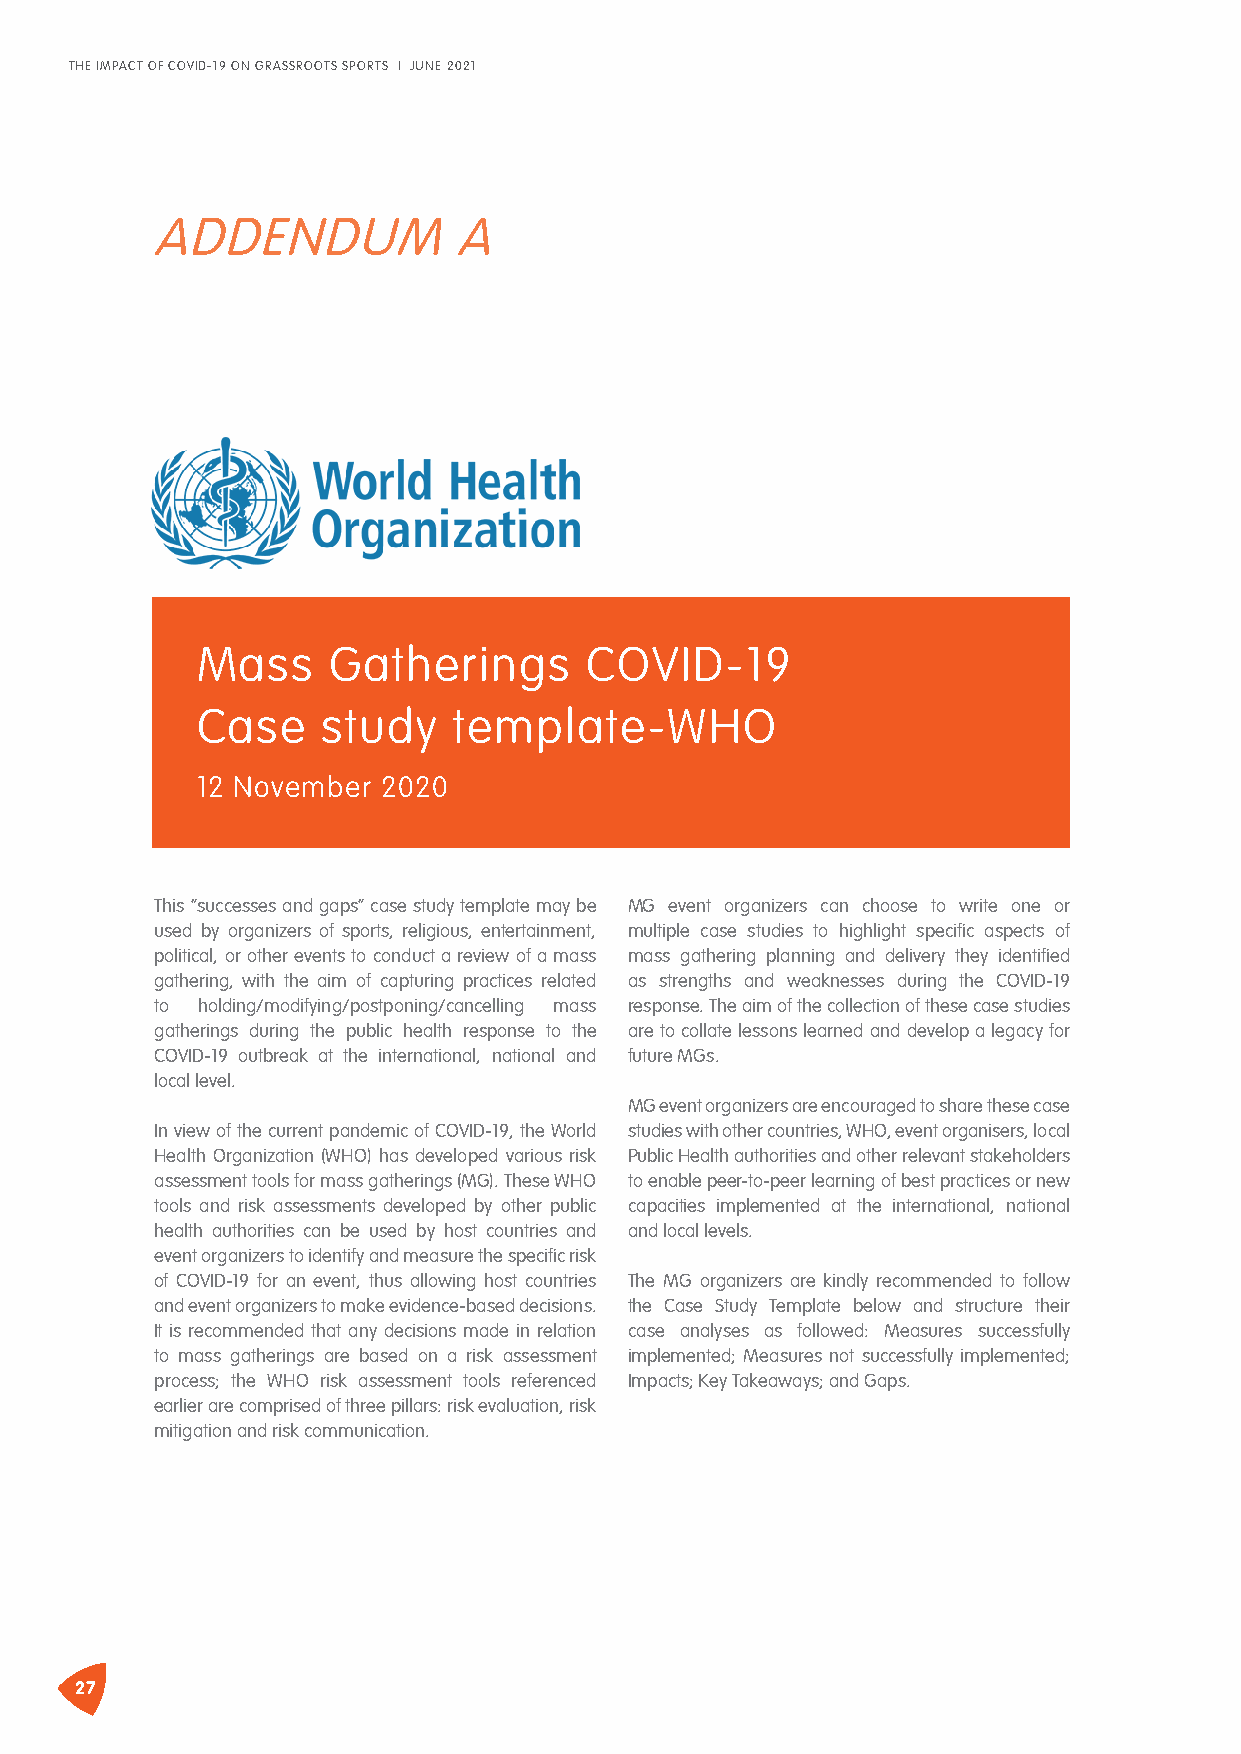
THE IMPACT OF COVID-19 ON GRASSROOTS SPORTS I JUNE 2021
 ADDENDUM            A
 Mass     Gatherings       COVID-19
 Case    study    template-WHO
 12 November 2020
 This “successes and gaps” case study template may be MG event organizers can choose to write one or
 used by organizers of sports, religious, entertainment, multiple case studies to highlight specific aspects of
 political, or other events to conduct a review of a mass mass gathering planning and delivery they identified
 gathering, with the aim of capturing practices related as strengths and weaknesses during the COVID-19
 to holding/modifying/postponing/cancelling mass response. The aim of the collection of these case studies
 gatherings during the public health response to the are to collate lessons learned and develop a legacy for
 COVID-19 outbreak at the international, national and future MGs.
 local level.
 MG event organizers are encouraged to share these case
 In view of the current pandemic of COVID-19, the World studies with other countries, WHO, event organisers, local
 Health Organization (WHO) has developed various risk Public Health authorities and other relevant stakeholders
 assessment tools for mass gatherings (MG). These WHO to enable peer-to-peer learning of best practices or new
 tools and risk assessments developed by other public capacities implemented at the international, national
 health authorities can be used by host countries and and local levels.
 event organizers to identify and measure the specific risk
 of COVID-19 for an event, thus allowing host countries The MG organizers are kindly recommended to follow
 and event organizers to make evidence-based decisions. the Case Study Template below and structure their
 It is recommended that any decisions made in relation case analyses as followed: Measures successfully
 to mass gatherings are based on a risk assessment implemented; Measures not successfully implemented;
 process; the WHO risk assessment tools referenced Impacts; Key Takeaways; and Gaps.
 earlier are comprised of three pillars: risk evaluation, risk
 mitigation and risk communication.
 27